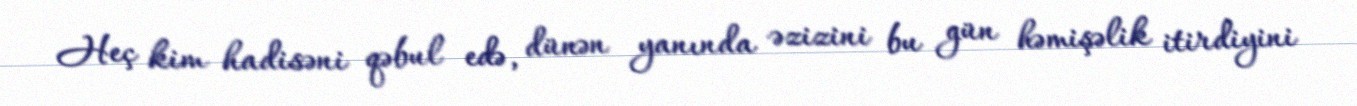
Heç kim hadisəni qəbul edə, dünən yanında əzizini bu gün həmişəlik itirdiyini